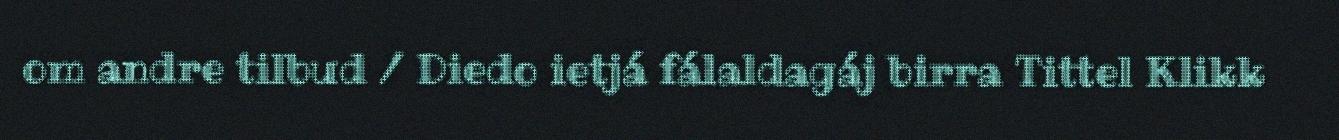
om andre tilbud / Diedo ietjá fálaldagáj birra Tittel Klikk